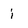
Character: i